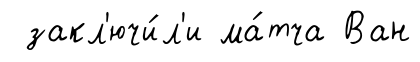
закл'ючи́л'и ма́тча Ван